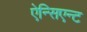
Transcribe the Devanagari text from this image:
ऐन्सिएन्ट